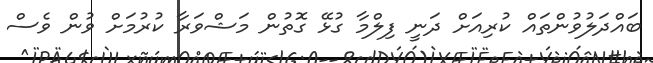
ބައްދަލުވުންތައް ކުރިއަށް ދަނީ ފިލްމާ ގުޅޭ ގޮތުން މަޝްވަރާ ކުރުމަށް ވުން ވެސް